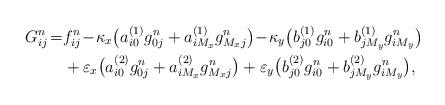
LaTeX: \begin{align*} G^n_{ij}\!=&f^n_{ij}\!-\!\kappa_x\big(a_{i0}^{(1)}g^n_{0j}+a_{iM_x}^{(1)}g^n_{M_xj}\big) \!-\!\kappa_y\big(b_{j0}^{(1)}g^n_{i0}+b_{jM_y}^{(1)}g^n_{iM_y}\big)\\ &+\varepsilon_x\big(a_{i0}^{(2)}g^n_{0j}+a_{iM_x}^{(2)}g^n_{M_xj}\big) +\varepsilon_y\big(b_{j0}^{(2)}g^n_{i0}+b_{jM_y}^{(2)}g^n_{iM_y}\big),\end{align*}